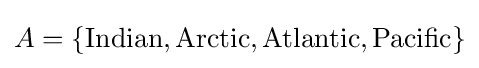
A=\{{\text{Indian}},{\text{Arctic}},{\text{Atlantic}},{\text{Pacific}}\}